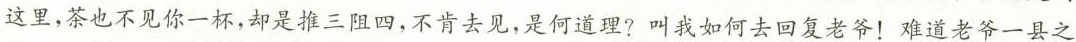
这里，茶也不见你一杯，却是推三阻四，不肯去见，是何道理?叫我如何去回复老爷！难道老爷一县之